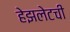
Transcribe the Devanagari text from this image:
हेझलेटची